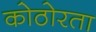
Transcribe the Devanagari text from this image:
कोठोरता